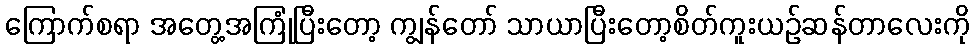
ကြောက်စရာ အတွေ့အကြုံပြီးတော့ ကျွန်တော် သာယာပြီးတော့စိတ်ကူးယဉ်ဆန်တာလေးကို